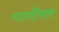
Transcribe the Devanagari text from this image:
गार्गोयल